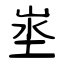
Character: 埊